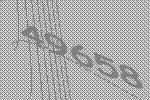
49658